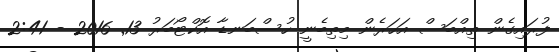
ފުރައިގެން ތިއްބަސް އަހަރެން މިތިބެނީ ހުސްބަނޑާ އޮކްޓޯބަރު 13